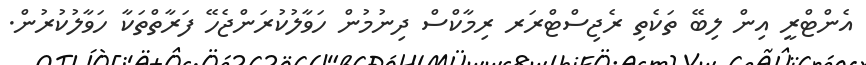
އެންޓްރީ އިން ލިބޭ ތަކެތި ރެޖިސްޓްރަރ ރިމާކްސް ދިނުމުން ހަވާލުކުރަންޖެހޭ ފަރާތްތަކާ ހަވާލުކުރުން.